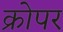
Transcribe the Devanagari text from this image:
क्रोपर